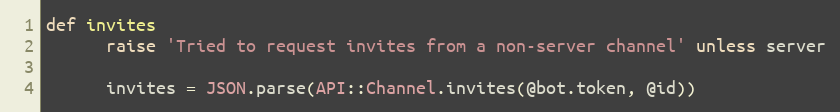
Language: Ruby
def invites
      raise 'Tried to request invites from a non-server channel' unless server

      invites = JSON.parse(API::Channel.invites(@bot.token, @id))